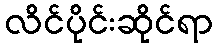
လိင်ပိုင်းဆိုင်ရာ